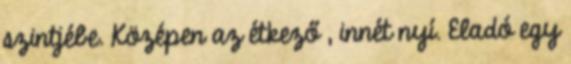
szintjébe. Középen az étkező , innét nyí. Eladó egy